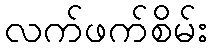
လက်ဖက်စိမ်း